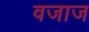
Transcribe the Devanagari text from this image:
वजाज